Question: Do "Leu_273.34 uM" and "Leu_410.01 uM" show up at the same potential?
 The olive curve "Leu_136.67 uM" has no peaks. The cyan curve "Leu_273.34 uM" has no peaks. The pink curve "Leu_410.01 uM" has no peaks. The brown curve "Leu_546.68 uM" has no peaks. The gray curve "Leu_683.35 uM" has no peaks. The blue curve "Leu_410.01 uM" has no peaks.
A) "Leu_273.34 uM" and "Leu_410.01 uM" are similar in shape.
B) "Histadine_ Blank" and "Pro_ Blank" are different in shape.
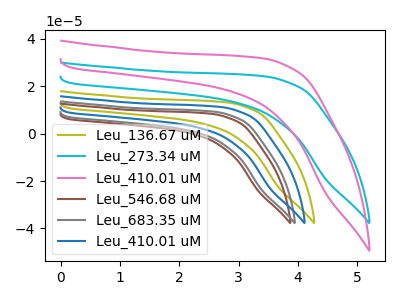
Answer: <think>Neither "Leu_273.34 uM" or "Leu_410.01 uM" have any peaks.
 </think>
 <answer>A) "Leu_273.34 uM" and "Leu_410.01 uM" are similar in shape.</answer>
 <eval>A</eval>